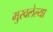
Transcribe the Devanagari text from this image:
मुरवलेल्या